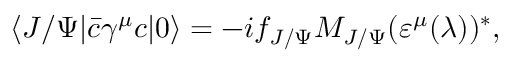
\langle J / \Psi | \bar { c } \gamma ^ { \mu } c | 0 \rangle = - i f _ { J / \Psi } M _ { J / \Psi } ( \varepsilon ^ { \mu } ( \lambda ) ) ^ { * } ,